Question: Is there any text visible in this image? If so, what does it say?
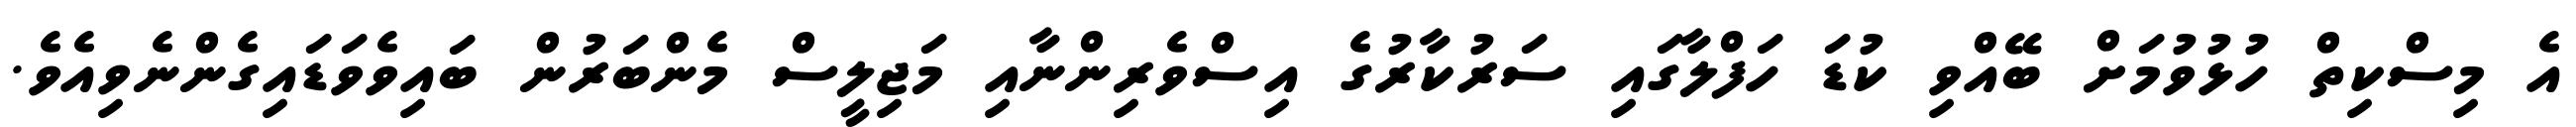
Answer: އެ މިސްކިތް ހުޅުވުމަށް ބޭއްވި ކުޑަ ހަފްލާގައި ސަރުކާރުގެ އިސްވެރިންނާއި މަޖިލީސް މެންބަރުން ބައިވެވަޑައިގެންނެވިއެވެ.